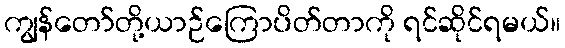
ကျွန်တော်တို့ယာဉ်ကြောပိတ်တာကို ရင်ဆိုင်ရမယ်။